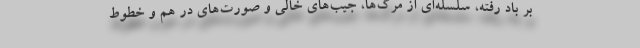
بر باد رفته، سلسله‌ای از مرگ‌ها، جیب‌های خالی و صورت‌های در هم و خطوط